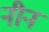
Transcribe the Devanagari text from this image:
नीन